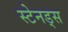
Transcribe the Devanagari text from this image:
स्टेनड्स